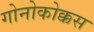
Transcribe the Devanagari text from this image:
गोनोकोक्कस